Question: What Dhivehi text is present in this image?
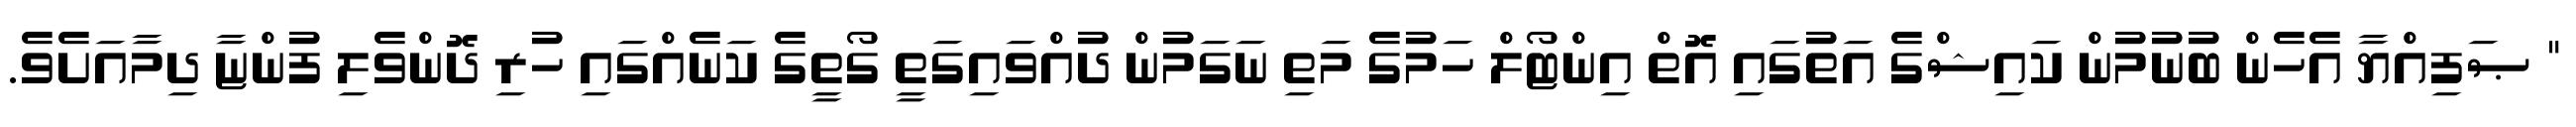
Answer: " ޞަފިއްޔާ އެހެން ބުނުމުން ކައިޝްގެ އަތުގައި އޮތް އިންޓޯލް ހަމުގެ މަތި ނަގަމުން ދުއްވައިގަތީ ގޯތީގެ ކަނެއްގައި ހުރި ދޮންވެލި ފުންޏާ ދިމާއަށެވެ.